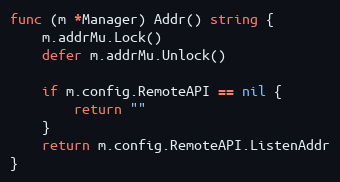
Language: Go
func (m *Manager) Addr() string {
	m.addrMu.Lock()
	defer m.addrMu.Unlock()

	if m.config.RemoteAPI == nil {
		return ""
	}
	return m.config.RemoteAPI.ListenAddr
}